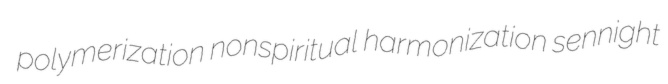
polymerization nonspiritual harmonization sennight